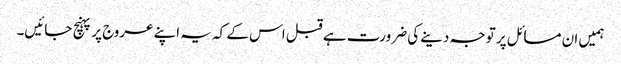
ہمیں ان مسائل پر توجہ دینے کی ضرورت ہے قبل اس کے کہ یہ اپنے عروج پر پہنچ جائیں۔